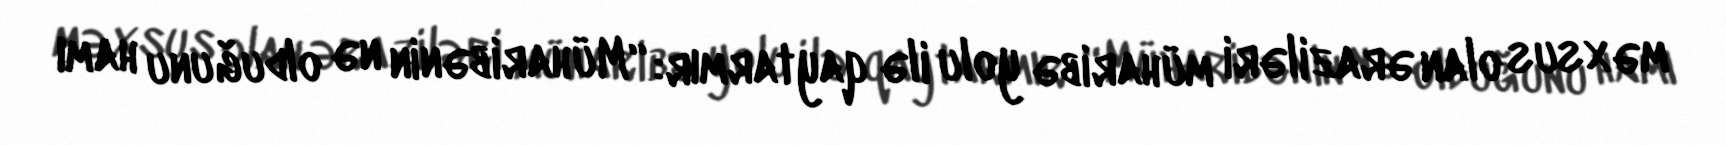
məxsus olan əraziləri müharibə yolu ilə qaytarmır: “Müharibənin nə olduğunu hamı